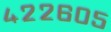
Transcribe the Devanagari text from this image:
४२२६०५